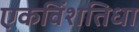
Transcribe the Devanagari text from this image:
एकविंशतिधा